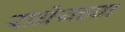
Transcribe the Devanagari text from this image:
राधेयच्या